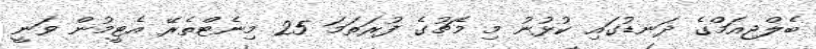
ބެލްޖިއަމްގެ ދަނޑުގައި ކުޅުނު މި މެޗުގެ ފުރަތަމަ 25 މިނެޓްތެރޭ އެޓީމުން ވަނީ